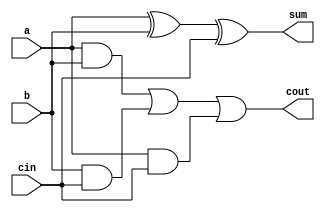

// module full_add(X1, X2, Cin, S, Cout);
//     input X1, X2, Cin;
//     output S, Cout;
//     wire a1, a2, a3;    
//     xor u1(a1,X1,X2);
//  and u2(a2,X1,X2);
//  and u3(a3,a1,Cin);
//  or u4(Cout,a2,a3);
//  xor u5(S,a1,Cin); 
// endmodule 
`timescale 1ns / 1ps 
module full_add(a, b, cin, sum, cout);

   input a;
   input b;
   input cin;

   output sum;
   wire sum;
   output cout;
   wire cout;

   assign sum = a^b^cin; 
   assign cout = ((a&b) | (b&cin) | (a&cin));

endmodule